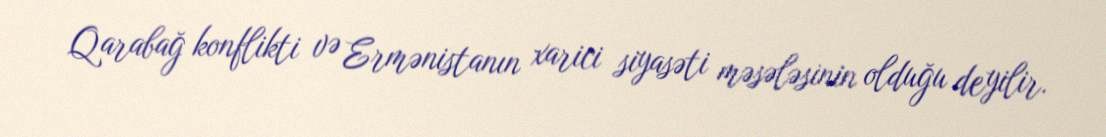
Qarabağ konflikti və Ermənistanın xarici siyasəti məsələsinin olduğu deyilir.